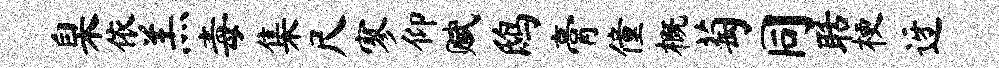
臬依羔毒集尺寥仰赋鸱膏僮概萄同聒梗迓